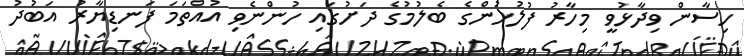
ހިސާން ވިދާޅުވީ މިހާރު ފުލުހުންގެ ބެލުމުގެ ދަށުގައި ހުންނެވި އުއްތަމަ ފަނޑިޔާރު އަބުދު